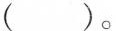
()。